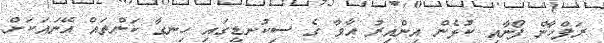
ރަފްހާން ފޯނާއި ކުޅެން އިންއިރު އާވާ ގެ ސިކުނޑީގައި ހިނގާ ކަންތައް އޭނައަކަށް